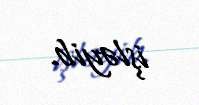
işləyib.